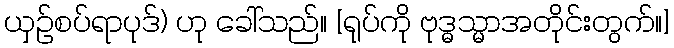
ယှဉ်စပ်ရာပုဒ်) ဟု ခေါ်သည်။ [ရုပ်ကို ဗုဒ္ဓသ္မာအတိုင်းတွက်။]